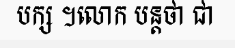
បក្ស ។លោក បន្តថា ជា